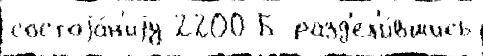
состоjа́н'иjу 2200 Б разд'ел'и́вшись